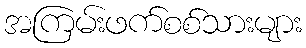
အကြမ်းဖက်စစ်သားများ